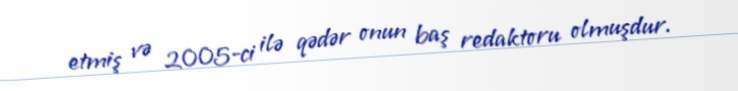
etmiş və 2005-ci ilə qədər onun baş redaktoru olmuşdur.